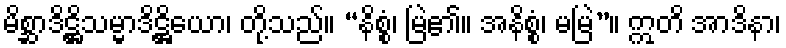
မိစ္ဆာဒိဋ္ဌိသမ္မာဒိဋ္ဌိယော၊ တို့သည်။ “နိစ္စံ၊ မြဲ၏။ အနိစ္စံ၊ မမြဲ”။ ဣတိ အာဒိနာ၊